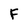
Character: F